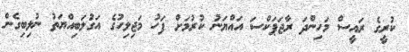
ކުރީގެ ރައީސް މަހިންދަ ރާޖަޕަކްސަ އައްޔަނު ކުރުމަށް ފަހު މަޖިލިހުގެ އަގުލަބިއްޔަތު ނުލިބިގެން